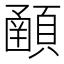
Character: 𩔞